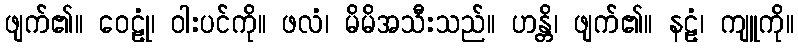
ဖျက်၏။ ဝေဠုံ၊ ဝါးပင်ကို။ ဖလံ၊ မိမိအသီးသည်။ ဟန္တိ၊ ဖျက်၏။ နဠံ၊ ကျူကို။